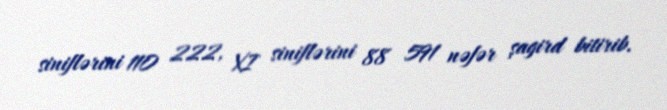
siniflərini 110 222, XI siniflərini 88 591 nəfər şagird bitirib.